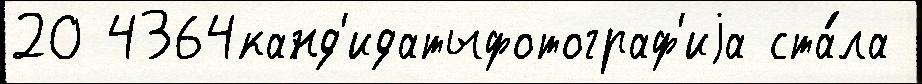
20 4364канд'идатыфотограф'иjа ста́ла